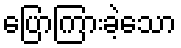
ပြောကြားခဲ့သော